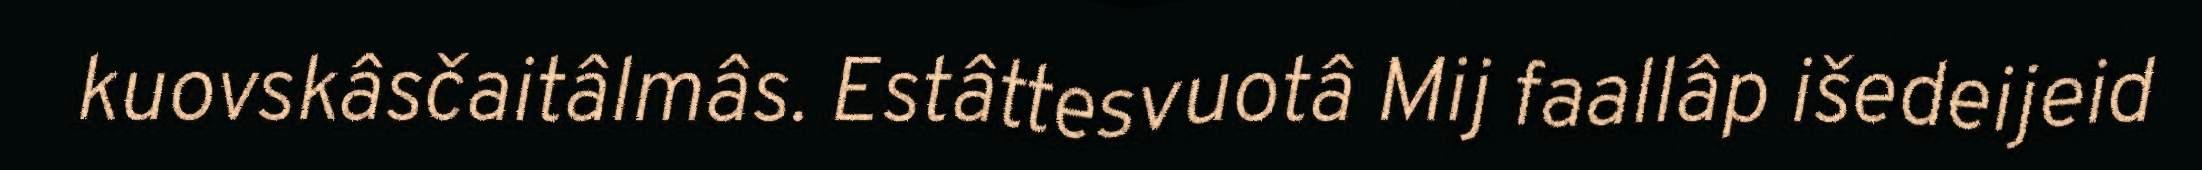
kuovskâsčaitâlmâs. Estâttesvuotâ Mij faallâp išedeijeid